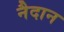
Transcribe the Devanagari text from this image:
नैदान